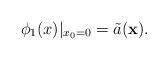
LaTeX: \begin{align*}\phi_1({x})\vert_{x_0=0}=\tilde{a}(\mathbf{x}).\end{align*}